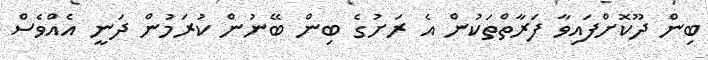
ބިން ދޫކޮށްފައިވާ ފަރާތްތަކުން އެ ރަށުގެ ބިން ބޭނުން ކުރަމުން ދަނީ އެއްވެސް